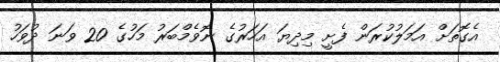
އެގޮތަށް އަމަލުކުރަން ފެށީ މިދިޔަ އަހަރުގެ ނޮވެމްބަރު މަހުގެ 20 ވަނަ ދުވަހު